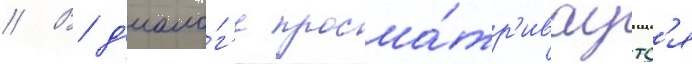
// В д'иало́г'е просма́тр'иваутс'я